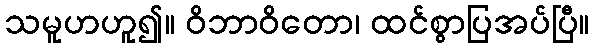
သမူဟဟူ၍။ ဝိဘာဝိတော၊ ထင်စွာပြအပ်ပြီ။